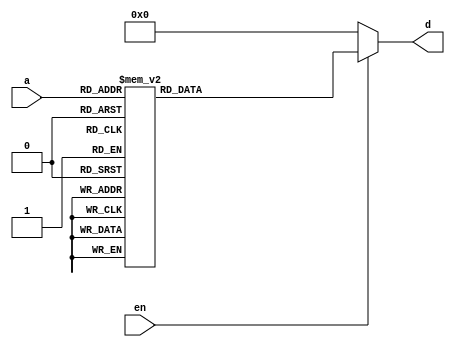
module top(input [3:0] a, input en, output [7:0] d);

always @*
	if (en)
		case(a)
			'h0: d <= 8'h12;
			'h1: d <= 8'h34;
			'h2: d <= 8'h56;
			'h3: d <= 8'h78;
			'h4: d <= 8'h9a;
			'h5: d <= 8'hbc;
			'h6: d <= 8'hde;
			'h7: d <= 8'hff;
			'h8: d <= 8'h61;
			'h9: d <= 8'h49;
			'ha: d <= 8'h36;
			'hb: d <= 8'h81;
			'hc: d <= 8'h8c;
			'hd: d <= 8'ha9;
			'he: d <= 8'h99;
			'hf: d <= 8'h51;
		endcase
	else
		d <= 0;

endmodule